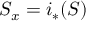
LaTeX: S _ { x } = i _ { * } ( S )